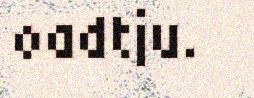
oadtju.